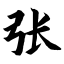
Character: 张